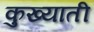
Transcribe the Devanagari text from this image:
कुख्याती